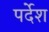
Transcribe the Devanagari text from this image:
पर्देश